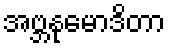
အဗ္ဘနုမောဒိတာ